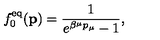
f _ { 0 } ^ { \mathrm { e q } } ( { \bf p } ) = { \frac { 1 } { e ^ { \beta ^ { \mu } p _ { \mu } } - 1 } } ,